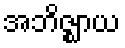
အဘိဇ္ဈာယ